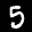
Label: 5